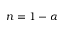
n = 1 - \alpha